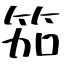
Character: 笳